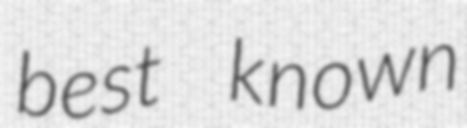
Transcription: best known